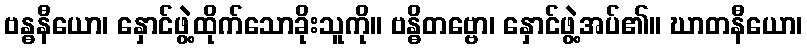
ဗန္ဓနီယော၊ နှောင်ဖွဲ့ထိုက်သောခိုးသူကို။ ဗန္ဓိတဗ္ဗော၊ နှောင်ဖွဲ့အပ်၏။ ဃာတနီယော၊